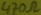
Text: 470Ω